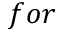
f o r